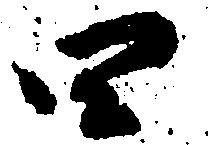
四